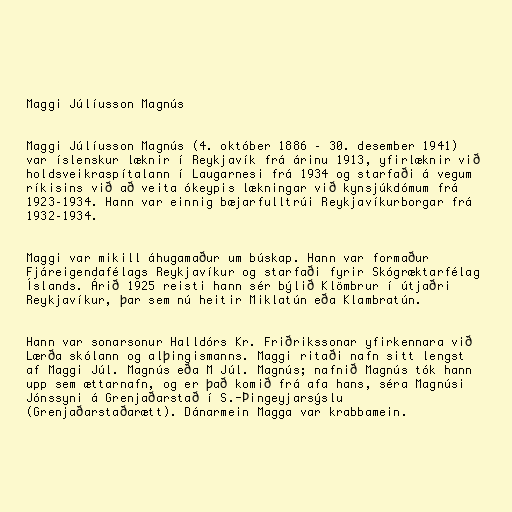
Maggi Júlíusson Magnús

Maggi Júlíusson Magnús (4. október 1886 – 30. desember 1941)
var íslenskur læknir í Reykjavík frá árinu 1913, yfirlæknir við
holdsveikraspítalann í Laugarnesi frá 1934 og starfaði á vegum
ríkisins við að veita ókeypis lækningar við kynsjúkdómum frá
1923–1934. Hann var einnig bæjarfulltrúi Reykjavíkurborgar frá
1932–1934.

Maggi var mikill áhugamaður um búskap. Hann var formaður
Fjáreigendafélags Reykjavíkur og starfaði fyrir Skógræktarfélag
Íslands. Árið 1925 reisti hann sér býlið Klömbrur í útjaðri
Reykjavíkur, þar sem nú heitir Miklatún eða Klambratún.

Hann var sonarsonur Halldórs Kr. Friðrikssonar yfirkennara við
Lærða skólann og alþingismanns. Maggi ritaði nafn sitt lengst
af Maggi Júl. Magnús eða M Júl. Magnús; nafnið Magnús tók hann
upp sem ættarnafn, og er það komið frá afa hans, séra Magnúsi
Jónssyni á Grenjaðarstað í S.-Þingeyjarsýslu
(Grenjaðarstaðarætt). Dánarmein Magga var krabbamein.